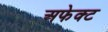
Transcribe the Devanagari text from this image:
अफेक्ट